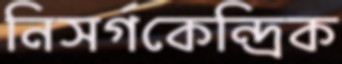
নিসর্গকেন্দ্রিক